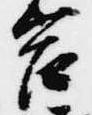
宮